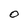
Character: 0